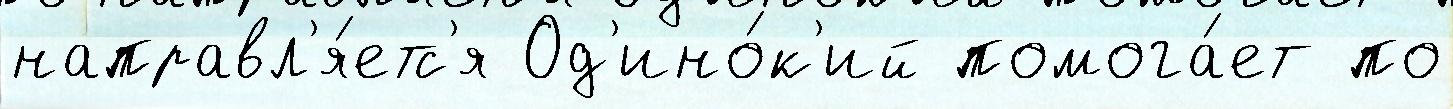
направл'я́етс'я Од'ино́к'ий помога́ет по